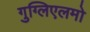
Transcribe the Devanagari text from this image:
गुग्लिएलमो